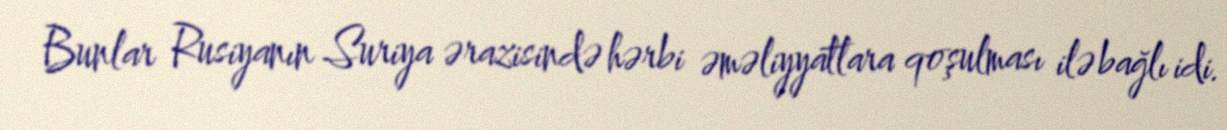
Bunlar Rusiyanın Suriya ərazisində hərbi əməliyyatlara qoşulması ilə bağlı idi.